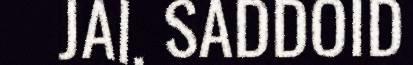
JAI, SADDOID